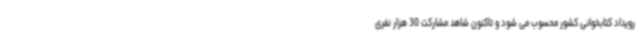
رویداد کتابخوانی کشور محسوب می شود و تاکنون شاهد مشارکت 30 هزار نفری